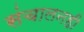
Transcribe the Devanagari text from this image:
संचालनही